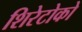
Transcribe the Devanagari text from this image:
शिरेटोको